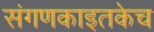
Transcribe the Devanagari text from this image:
संगणकाइतकेच